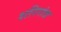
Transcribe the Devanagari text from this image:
शरिरांत